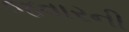
જવારની